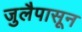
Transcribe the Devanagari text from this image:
जुलैपासून